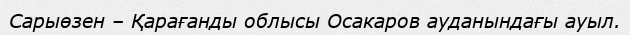
Сарыөзен – Қарағанды облысы Осакаров ауданындағы ауыл.